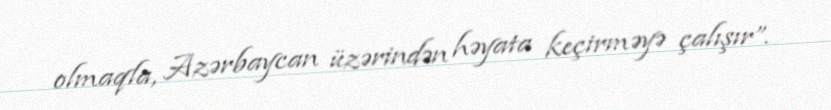
olmaqla, Azərbaycan üzərindən həyata keçirməyə çalışır”.